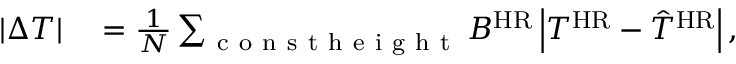
\begin{array} { r l } { \left\lvert \Delta T \right\rvert } & { { } = \frac { 1 } { N } \sum _ { \mathrm { ~ c ~ o ~ n ~ s ~ t ~ h ~ e ~ i ~ g ~ h ~ t ~ } } B ^ { \mathrm { H R } } \left\lvert T ^ { \mathrm { H R } } - \hat { T } ^ { \mathrm { H R } } \right\rvert , } \end{array}